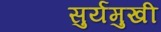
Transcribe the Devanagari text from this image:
सुर्यमुखी